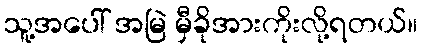
သူ့အပေါ် အမြဲ မှီခိုအားကိုးလို့ရတယ်။